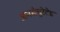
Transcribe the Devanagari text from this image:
अनसेचुरेटेड